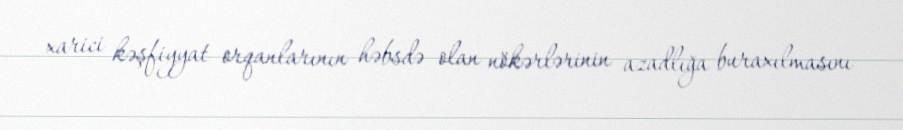
xarici kəşfiyyat orqanlarının həbsdə olan nökərlərinin azadlığa buraxılmasını